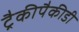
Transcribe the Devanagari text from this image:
ट्रैकीपैकीडी